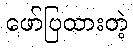
ဖော်ပြထားတဲ့